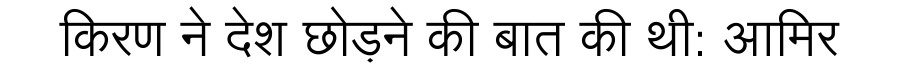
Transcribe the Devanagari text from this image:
किरण ने देश छोड़ने की बात की थी: आमिर